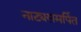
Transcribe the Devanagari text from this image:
नाट्यसमर्पित